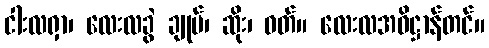
ငါးလရှာ၊ လေးလခွဲ ချုပ်၊ ဆိုး၊ ဝတ်။ လေးလအဓိဋ္ဌာန်တင်။